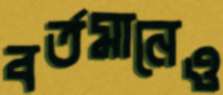
বর্তমানেও